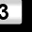
Digit: 3